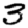
Digit: 3